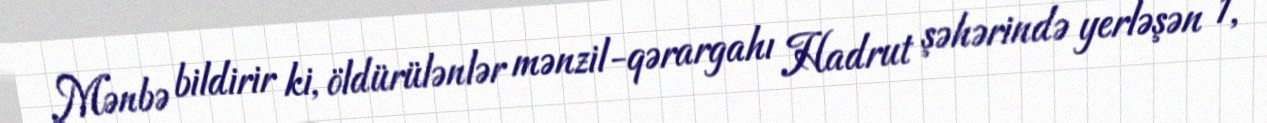
Mənbə bildirir ki, öldürülənlər mənzil-qərargahı Hadrut şəhərində yerləşən 1,